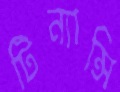
টিন্যান্সি